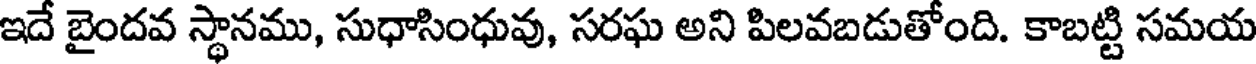
ఇదే బైందవ స్థానము, సుధాసింధువు, సరఘ అని పిలవబడుతోంది. కాబట్టి సమయ